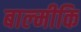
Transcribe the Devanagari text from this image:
बाल्‍मीकि